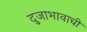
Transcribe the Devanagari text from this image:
दुजाभावाची